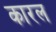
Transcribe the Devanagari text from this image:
कारल